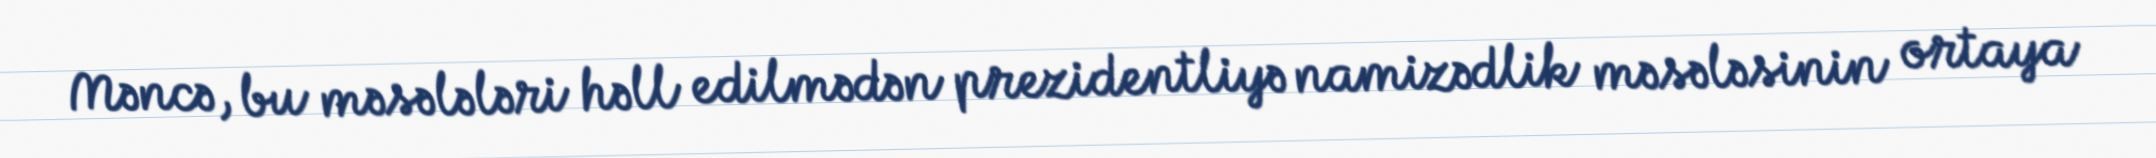
Məncə, bu məsələləri həll edilmədən prezidentliyə namizədlik məsələsinin ortaya